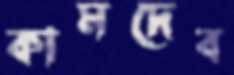
কামদেব